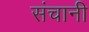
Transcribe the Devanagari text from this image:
संचानी